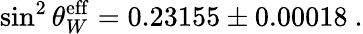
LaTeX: \sin^{2}\theta_{W}^{\mathrm{eff}}=0.23155\pm 0.00018~.